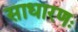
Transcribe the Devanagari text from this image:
साधारणः